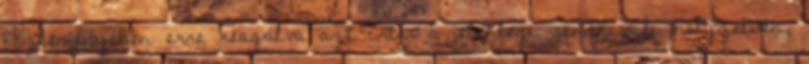
közleményében erre reagálva azt írta: a jelenlegi rendkívüli helyzetben,